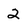
Character: 2